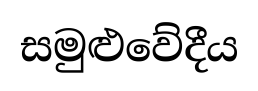
සමුළුවේදීය